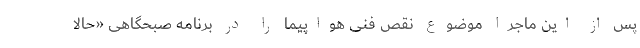
پس از این ماجرا موضوع نقص فنی هواپیما را در برنامه صبحگاهی «حالا